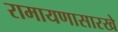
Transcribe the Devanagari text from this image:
रामायणासारखे